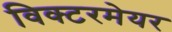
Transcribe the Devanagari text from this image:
विक्टरमेयर